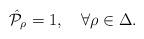
LaTeX: \begin{align*}\hat{\cal P}_{\rho}=1,\quad \forall \rho\in\Delta.\end{align*}